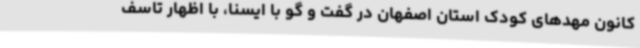
کانون مهدهای کودک استان اصفهان در گفت و گو با ایسنا، با اظهار تاسف